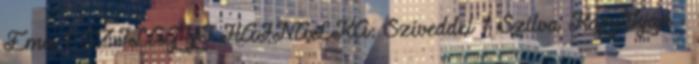
Ema 1 SZILÁGYI HAJNALKA: Szíveddel 1 Szilva Kaputikján -